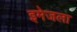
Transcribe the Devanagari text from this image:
इमेजला